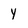
Character: y